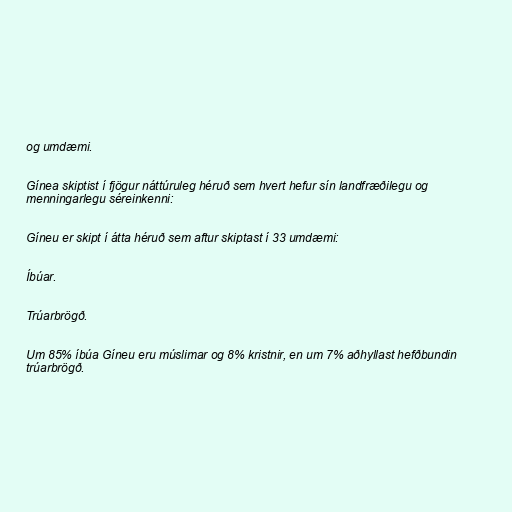
og umdæmi.

Gínea skiptist í fjögur náttúruleg héruð sem hvert hefur sín landfræðilegu og
menningarlegu séreinkenni:

Gíneu er skipt í átta héruð sem aftur skiptast í 33 umdæmi:

Íbúar.

Trúarbrögð.

Um 85% íbúa Gíneu eru múslimar og 8% kristnir, en um 7% aðhyllast hefðbundin
trúarbrögð.